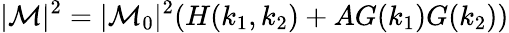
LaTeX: |\mathcal{M}|^{2}=|\mathcal{M}_{0}|^{2}(H(k_{1},k_{2})+AG(k_{1})G(k_{2}))